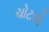
ચોટલો